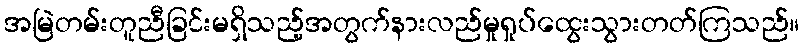
အမြဲတမ်းတူညီခြင်းမရှိသည့်အတွက်နားလည်မှုရှုပ်ထွေးသွားတတ်ကြသည်။